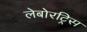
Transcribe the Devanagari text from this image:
लेबोरट्रिस